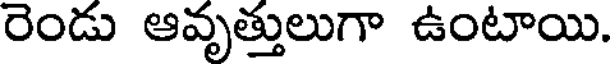
రెండు ఆవృత్తులుగా ఉంటాయి.